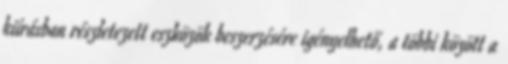
kiírásban részletezett eszközök beszerzésére igényelhető, a többi között a